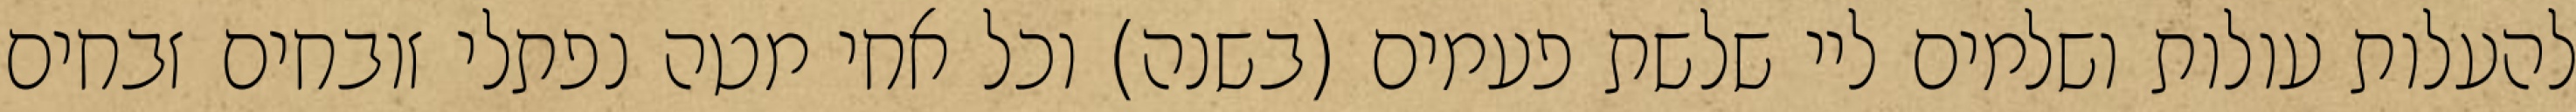
להעלות עולות ושלמים ליי שלשת פעמים (בשנה) וכל אחי מטה נפתלי זובחים זבחים